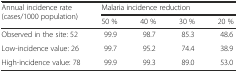
| <ROWSPAN=2> Annual incidence rate (cases/1000 population) | <COLSPAN=4> Malaria incidence reduction |
 | 50 % | 40 % | 30 % | 20 % |
 | --- | --- | --- | --- | --- |
 | Observed in the site: 52 | 99.9 | 98.7 | 85.3 | 48.6 |
 | Low-incidence value: 26 | 99.7 | 95.2 | 74.4 | 38.9 |
 | High-incidence value: 78 | 99.9 | 99.3 | 89.0 | 53.0 |